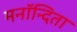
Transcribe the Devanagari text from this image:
मनॉन्दिता